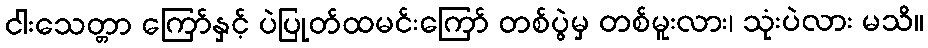
ငါးသေတ္တာ ကြော်နှင့် ပဲပြုတ်ထမင်းကြော် တစ်ပွဲမှ တစ်မူးလား၊ သုံးပဲလား မသိ။